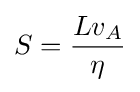
S={\frac {Lv_{A}}{\eta }}